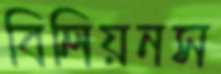
বিলিয়নস